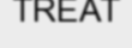
TREAT